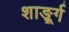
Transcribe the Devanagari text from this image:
शार्ङ्र्ग